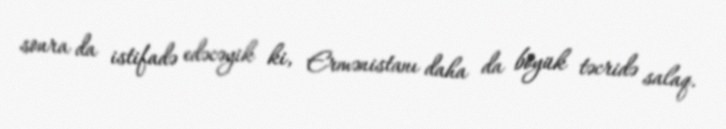
sonra da istifadə edəcəyik ki, Ermənistanı daha da böyük təcridə salaq.